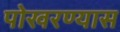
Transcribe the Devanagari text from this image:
पोखरण्यास